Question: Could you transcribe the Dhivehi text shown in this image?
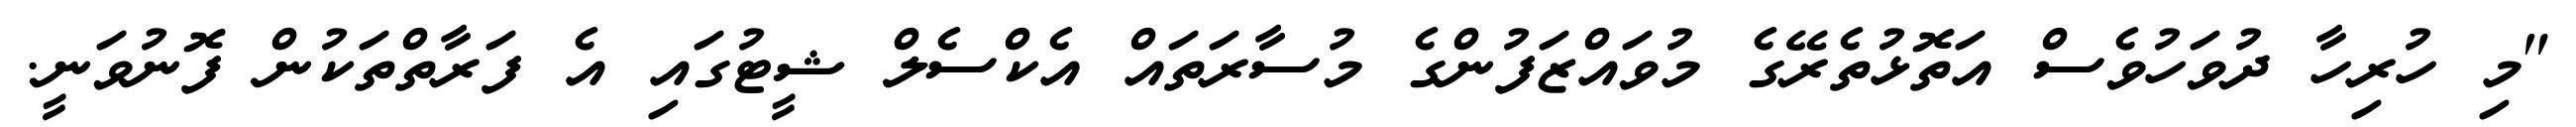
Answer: "މި ހުރިހާ ދުވަހުވެސް އަތޮޅުތެރޭގެ މުވައްޒަފުންގެ މުސާރަތައް އެކްސެލް ޝީޓުގައި އެ ފަރާތްތަކުން ފޮނުވަނީ.